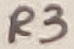
Text: R3